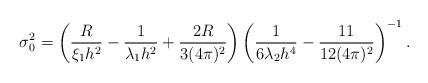
LaTeX: \begin{align*}\sigma_0^2 = \left( \frac{R}{\xi_1 h^2} -\frac{ 1}{\lambda_1 h^2} +\frac{2R}{3(4\pi)^2}\right) \left( \frac{1}{6\lambda_2 h^4} -\frac{11}{12(4\pi)^2}\right)^{-1}. \end{align*}